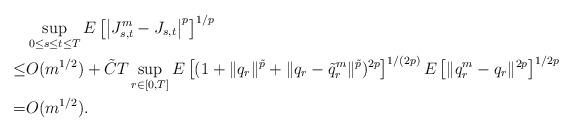
LaTeX: \begin{align*}&\sup_{0\leq s\leq t\leq T}E\left[\left|J_{s,t}^m-J_{s,t}\right|^p\right]^{1/p}\\\leq &O(m^{1/2})+\tilde C T\sup_{r\in [0,T]} E\left[ (1+\|q_r\|^{\tilde p}+\|q_r-\tilde q_r^m\|^{\tilde p})^{2p}\right]^{1/(2p)}E\left[\|q_r^m-q_r\|^{2p}\right]^{1/{2p}}\\=&O(m^{1/2}).\end{align*}